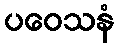
ပဝေသနံ